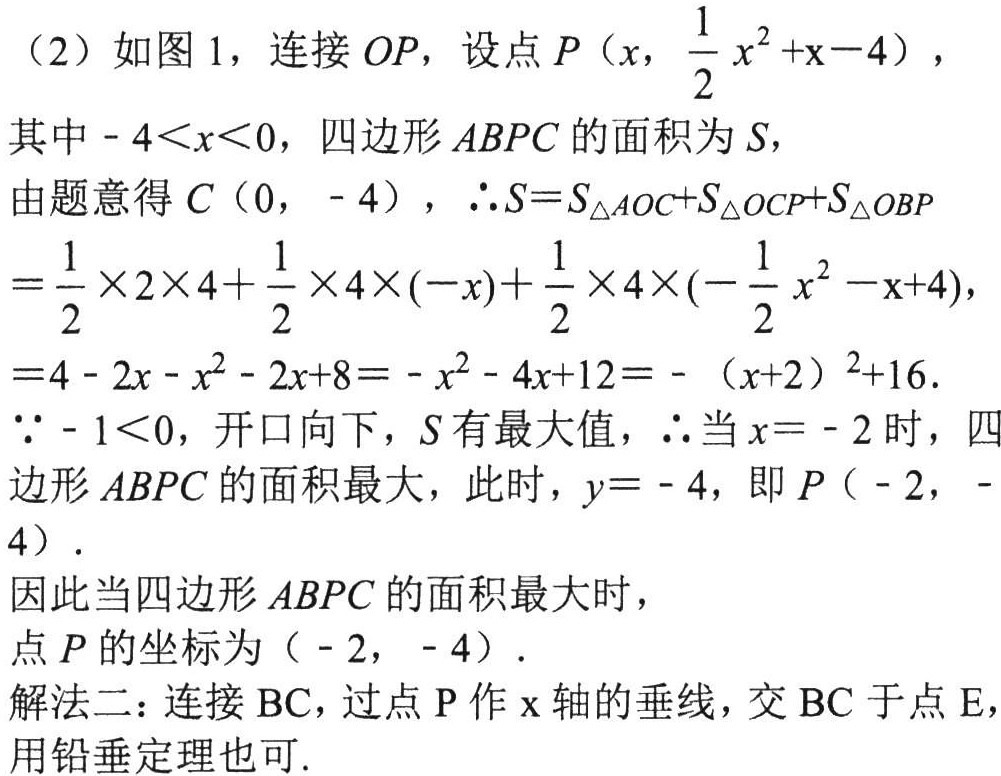
（2）如图 1，连接 \(OP\)，设点 \(P\left(x,\frac{1}{2}x^{2}+x - 4\right)\)，其中 \(-4\lt x\lt0\)，四边形 \(ABPC\) 的面积为 \(S\)，
由题意得 \(C(0,-4)\)，\(\therefore S = S_{\triangle AOC}+S_{\triangle OCP}+S_{\triangle OBP}\)
\(=\frac{1}{2}\times2\times4+\frac{1}{2}\times4\times(-x)+\frac{1}{2}\times4\times\left(-\frac{1}{2}x^{2}-x + 4\right)\)，
\(=4-2x - x^{2}-2x + 8=-x^{2}-4x + 12=-(x + 2)^{2}+16\).
\(\because - 1\lt0\)，开口向下，\(S\) 有最大值，\(\therefore\) 当 \(x=-2\) 时，四边形 \(ABPC\) 的面积最大，此时，\(y = - 4\)，即 \(P(-2,-4)\).
因此当四边形 \(ABPC\) 的面积最大时，
点 \(P\) 的坐标为 \((-2,-4)\).
解法二：连接 \(BC\)，过点 \(P\) 作 \(x\) 轴的垂线，交 \(BC\) 于点 \(E\)，用铅垂定理也可.